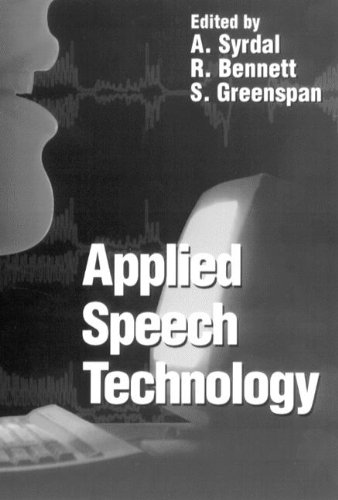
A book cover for Applied Speech Technology; Computers & Technology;